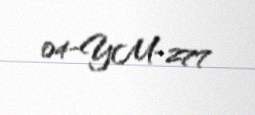
04-YM-277